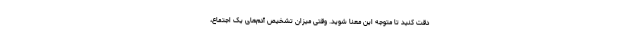
دقت کنید تا متوجه این معنا شوید. وقتی میزان تشخیص آدم‌های یک اجتماع،